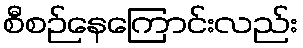
စီစဉ်နေကြောင်းလည်း